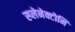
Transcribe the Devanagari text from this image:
स्प्लेनेक्टोमि